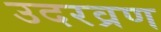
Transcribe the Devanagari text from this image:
उदरव्रण